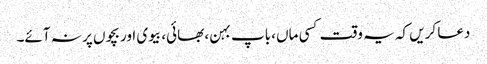
دعا کریں کہ یہ وقت کسی ماں، باپ بہن، بھائی، بیوی اور بچوں پر نہ آئے۔